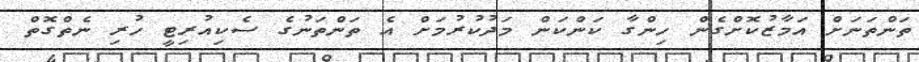
ތަންތަނަށް އަމާޒުކޮށްގެން ހިންގާ ކަންކަން މަދުކުރުމަށް އެ ތަންތަނުގެ ސެކިއުރިޓީ ހުރި ނެތްގޮތް